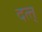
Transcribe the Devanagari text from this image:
दत्त्